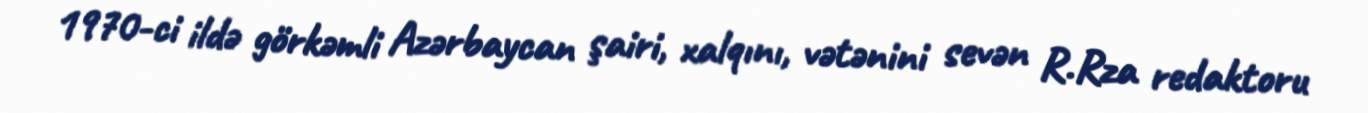
1970-ci ildə görkəmli Azərbaycan şairi, xalqını, vətənini sevən R.Rza redaktoru